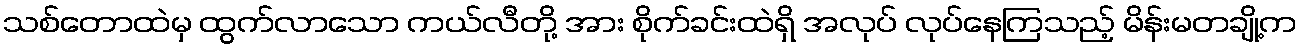
သစ်တောထဲမှ ထွက်လာသော ကယ်လီတို့ အား စိုက်ခင်းထဲရှိ အလုပ် လုပ်နေကြသည့် မိန်းမတချို့က